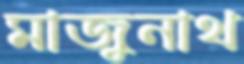
মাজুনাথ